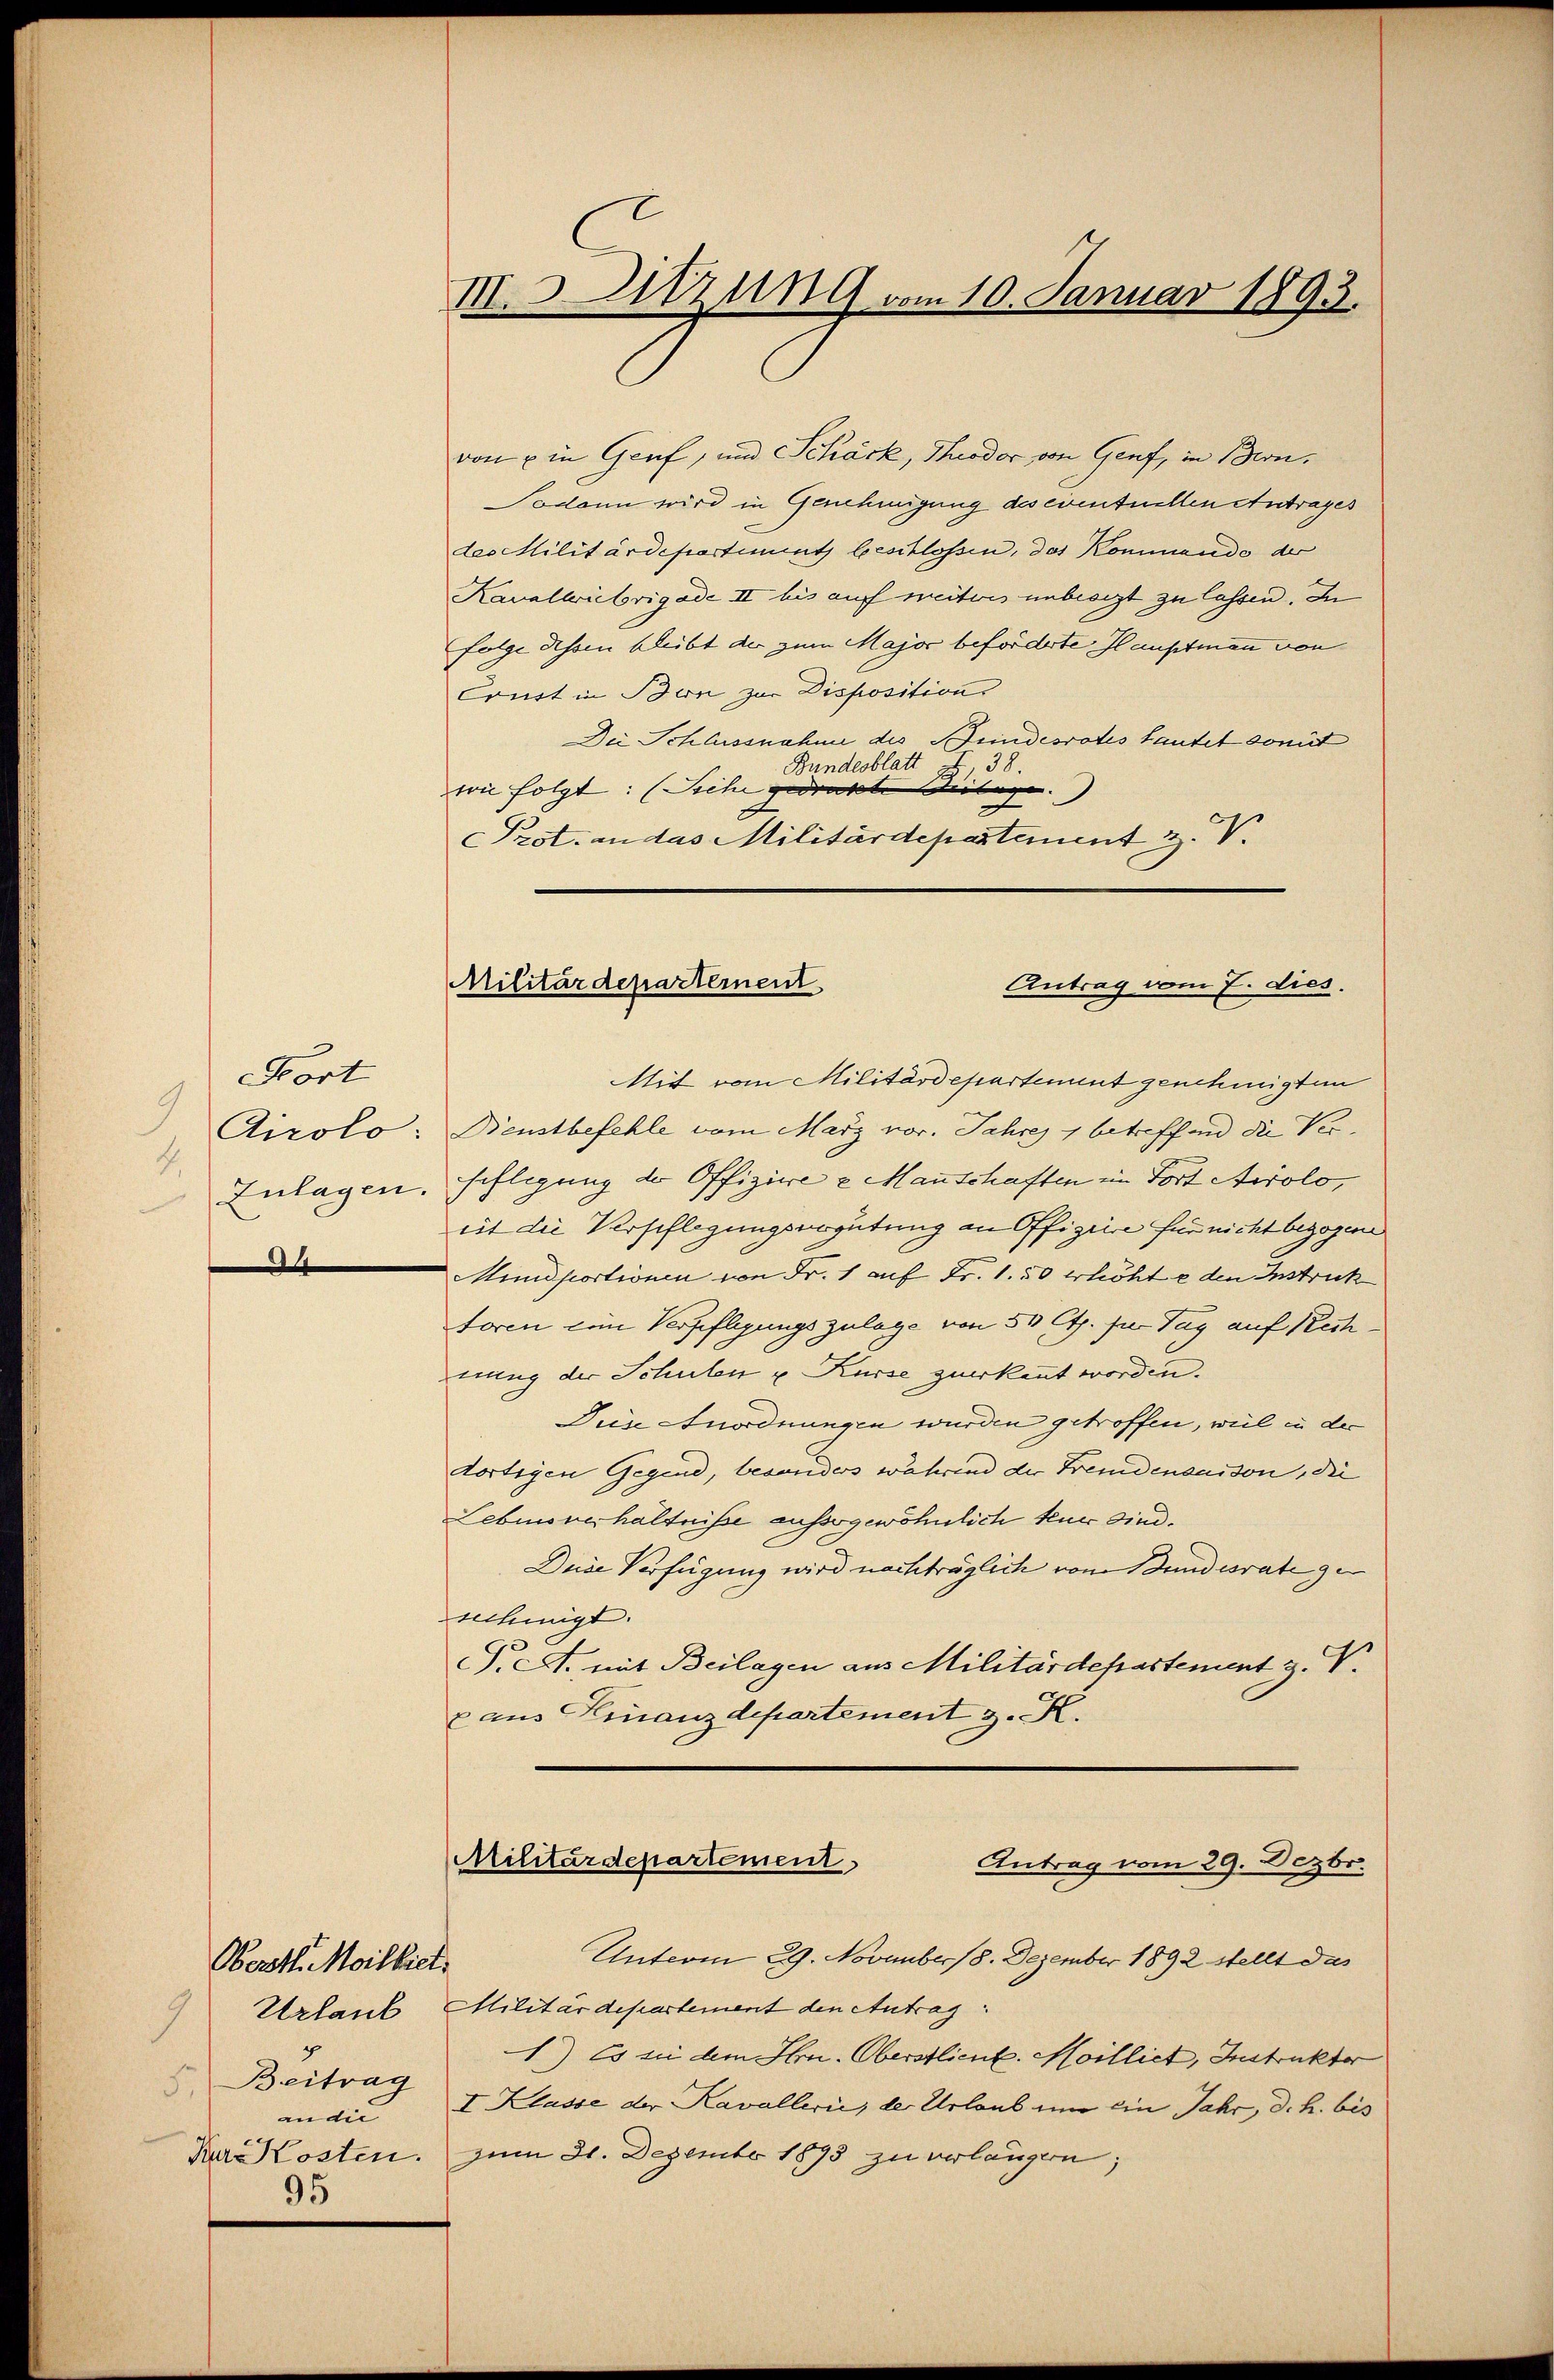
Kort
9
Airolo:
4.
i

Werstl. Mailliet.
1
8. Beitrag
an die
Kur-Kosten.
95

M.s Sitzung vom 10. Januar 1893.

von u in Genf, und Schärk, Theodor von Genf, in Bern,
Sodann wird in Genehmigung des eventuellen Antrages
des Militärdepartiment beschlossen, das Kommando der
Kavalliebrigade II bis auf weiteres unbesit zu lassen. In
folge dessen bleibt der zum Major beförderte Hauptmann von
Court in Bon zur Disposition
Die Schlussnahme des Bundesrates tautet somit
Bundesblatt
§ 38.
von folgt: (Siehe gedruckte Beilage.
Prot. an das Militärdepartement z. V.

Militärdepartement
Antrag vom 7. dies.

Mit vom Militärdepartement genehmigten
Dienstbefehle vom März vor. Jahres 1 betreffend die Ver¬
Zulagen. schligung der Offiziere u. Manschaften im Fort Airolo,
eit die Verschlagungsergütung an Offiziere für nicht bezogene
Mindportionen von Fr. 1 auf Fr. 1.50 erhöhte den Instruck
toren ein Verpflegungszulage von 50 Cts. per Tag auf Rechnung der Schulen u. Kurse zuerkannt worden.
Diese Anordnungen wurden getroffen, weil in der
dortigen Gegend, besonders während der Fremdensaison, die
Lebinoverhältnisse aussegewöhnlich tue sind.
Duide Verfügung wird nachträglich von Bundesrate ge
nehmigt.
P.A. mit Beilagen aus Militärdepartement z. V.
z aus Finanzdepartement z. K.
Militärdepartement
Antrag vom 29. Dezbr.
Unterm 29. November 8. Dezember 1892 stellt das
Urlaut Militärdepartement den Antrag:
1) Es sei dem Hrn. Oberstlieut. Milliet, Instrukter
I Klasse der Kavallerii, der Urlaub um ein Jahr, d. h. bis
zum 31. Dezember 1893 zu verlangen;